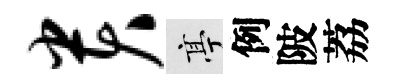
贵亭例陂荔